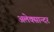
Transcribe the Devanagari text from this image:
अलेक्सान्दर